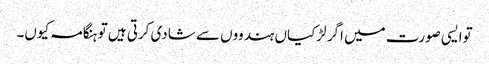
توایسی صورت میں اگر لڑکیاں ہندووں سے شادی کرتی ہیں تو ہنگامہ کیوں۔